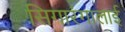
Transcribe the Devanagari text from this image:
सिगारंगालाई